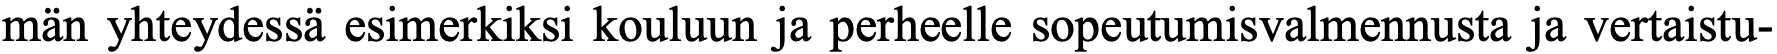
män yhteydessä esimerkiksi kouluun ja perheelle sopeutumisvalmennusta ja vertaistu-